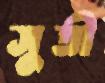
সুতী